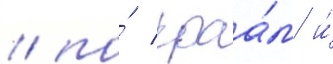
/ по́ краа́м и́